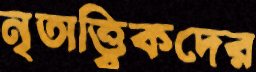
নৃতাত্ত্বিকদের